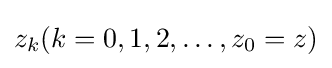
z_{k}(k=0,1,2,\dots ,z_{0}=z)